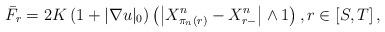
LaTeX: \begin{align*}\bar{F}_{r}=2K\left( 1+|\nabla u|_{0}\right) \left( \left\vert X_{\pi_{n}\left( r\right) }^{n}-X_{r-}^{n}\right\vert \wedge 1\right) ,r\in \left[S,T\right] , \end{align*}